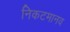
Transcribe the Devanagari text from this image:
निकटमानव